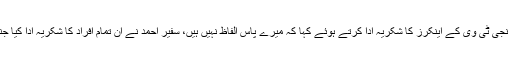
جس پر سفیر احمد خوشی سے نہال ہوگئے، نجی ٹی وی کے اینکرز کا شکریہ ادا کرتے ہوئے کہا کہ میرے پاس الفاظ نہیں ہیں، سفیر احمد نے ان تمام افراد کا شکریہ ادا کیا جنہوں نے اس مشکل وقت میں ان کا ساتھ دیا۔